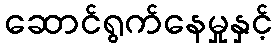
ဆောင်ရွက်နေမှုနှင့်